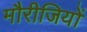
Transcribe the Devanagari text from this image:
मौरीजियों